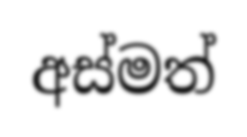
අස්මත්